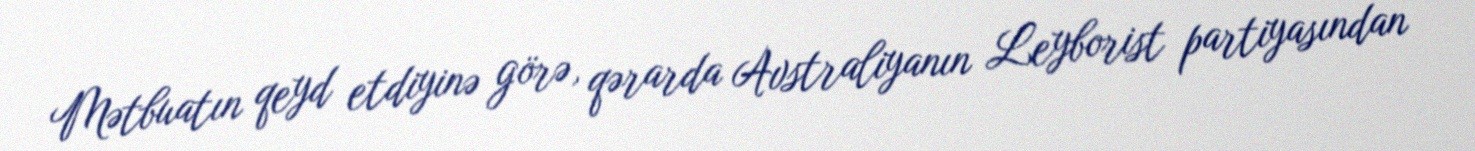
Mətbuatın qeyd etdiyinə görə, qərarda Avstraliyanın Leyborist partiyasından